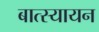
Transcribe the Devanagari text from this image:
बात्स्यायन